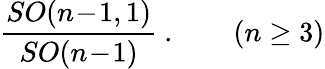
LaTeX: {\frac{SO(n\! -\! 1,1)}{SO(n\! -\! 1)}}\ .\qquad(n\geq 3)